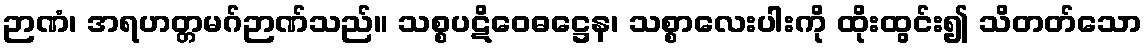
ဉာဏံ၊ အရဟတ္တမဂ်ဉာဏ်သည်။ သစ္စပဋိဝေဓဋ္ဌေန၊ သစ္စာလေးပါးကို ထိုးထွင်း၍ သိတတ်သော